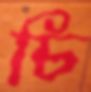
চি